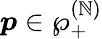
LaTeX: \boldsymbol{p}\in{\wp}_{+}^{(\mathbb{N})}